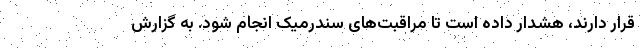
قرار دارند، هشدار داده است تا مراقبت‌های سندرمیک انجام شود. به گزارش